Tezpur Lunatic Asylum reports 1877-1894 - 1877-1894
Year: 1877
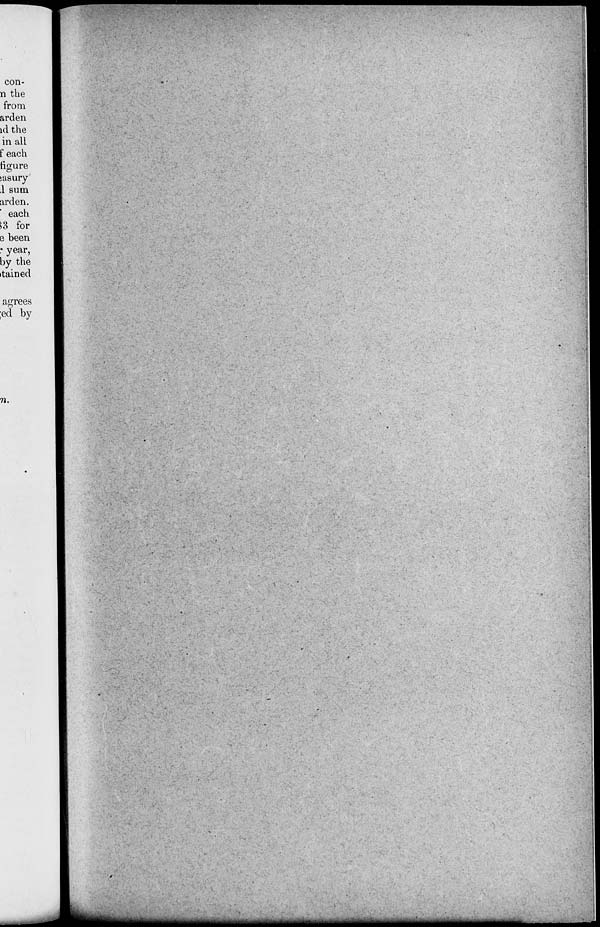
con-
n the
from
arden
id the
in all
f each
figure
>asury
1 sum
arden.
each
53 for
e been
* year,
by the
•tained
agrees
ed by
71.
■MMH